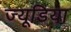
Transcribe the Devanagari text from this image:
ज्यूडिया